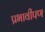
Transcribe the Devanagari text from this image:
प्रभावीपण